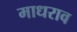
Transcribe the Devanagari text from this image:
माधराव